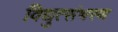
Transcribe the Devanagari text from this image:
विद्युत्संभरण